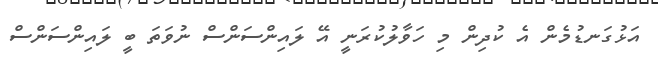
އަޅުގަނޑުމެން އެ ކުދިން މި ހަވާލުކުރަނީ އޭ ލައިންސަންސް ނުވަތަ ބީ ލައިންސަންސް